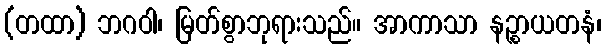
(တထာ) ဘဂဝါ၊ မြတ်စွာဘုရားသည်။ အာကာသာ နဉ္စာယတနံ၊